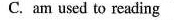
C. am used to reading